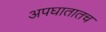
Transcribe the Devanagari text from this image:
अपघातातच